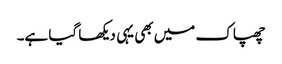
چھپاک میں بھی یہی دیکھا گیا ہے۔